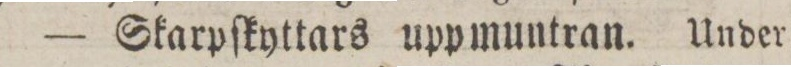
— Skarpſkyttars uppmuntran. Under